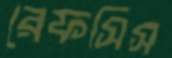
রেফসিস